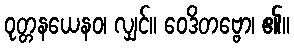
ဝုတ္တနယေနဝ၊ လျှင်။ ဝေဒိတဗ္ဗော၊ ၏။